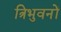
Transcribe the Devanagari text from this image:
त्रिभुवनों